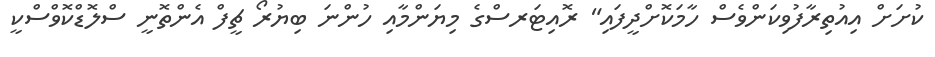
ކުށަށް އިއުުތިރާފުވިކަންވެސް ހާމަކޮށްދީފައި" ރޮއިޓަރސްގެ މިޔަންމާއި ހުންނަ ބިޔުރޯ ޗީފް އެންތޮނީ ސްލޮޑްކޮވްސްކީ